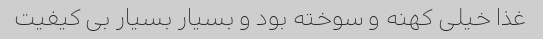
غذا خیلی کهنه و سوخته بود و بسیار بسیار بی کیفیت